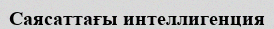
Саясаттағы интеллигенция